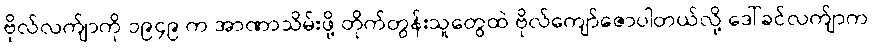
ဗိုလ်လက်ျာကို ၁၉၄၉ က အာဏာသိမ်းဖို့ တိုက်တွန်းသူတွေထဲ ဗိုလ်ကျော်ဇောပါတယ်လို့ ဒေါ်ခင်လက်ျာက